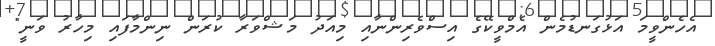
އެހެންވީމަ އަޅުގަނޑުމެން އެމްވީކޭގެ އިސްވެރިންނާއި މިއަދު މަޝްވަރާ ކުރަން ނިންމާފައި މިހާރު ވަނީ"